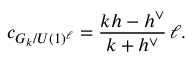
c _ { G _ { k } / U ( 1 ) ^ { \ell } } = \frac { k h - h ^ { \vee } } { k + h ^ { \vee } } \, \ell .